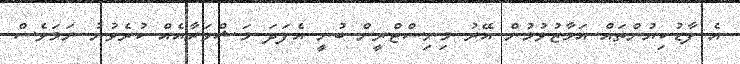
އެ ފާޑުކިޔުންތައް އަމާޒުވުމުން އޭރު މިނިސްޓްރީން ބުނީ އެފަދަ މަޝްވަރާއެއް ކުރެވުނު ނަމަވެސް